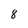
Character: 8